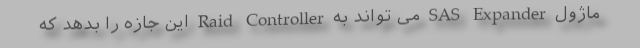
ماژول SAS Expander می تواند به Raid Controller این جازه را بدهد که